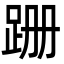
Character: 跚